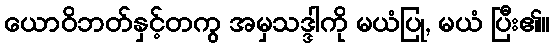
ယောဝိဘတ်နှင့်တကွ အမှသဒ္ဒါကို မယံပြု, မယံ ပြီး၏။